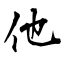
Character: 他